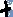
Text: +